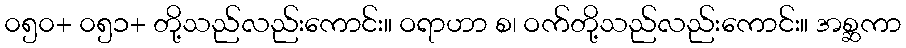
၀၅၀+ ၀၅၁+ တို့သည်လည်းကောင်း။ ဝရာဟာ စ၊ ဝက်တို့သည်လည်းကောင်း။ အစ္ဆကာ